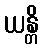
ယန္တိ